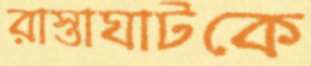
রাস্তাঘাটকে